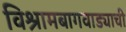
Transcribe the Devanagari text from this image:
विश्रामबागवाड्याची